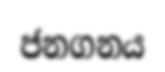
ජනගනය